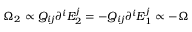
\Omega _ { 2 } \propto Q _ { i j } \partial ^ { i } E _ { 2 } ^ { j } = - Q _ { i j } \partial ^ { i } E _ { 1 } ^ { j } \propto - \Omega